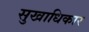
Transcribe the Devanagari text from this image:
सुखाधिकार